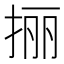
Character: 𰓬